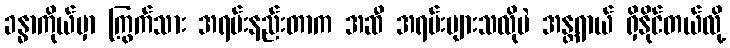
ခန္ဓာကိုယ်မှာ ကြွက်သား အရမ်းနည်းတာက အဆီ အရမ်းများသလိုပဲ အန္တရာယ် ရှိနိုင်တယ်လို့